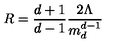
R = \frac { d + 1 } { d - 1 } \frac { 2 \Lambda } { m _ { d } ^ { d - 1 } }